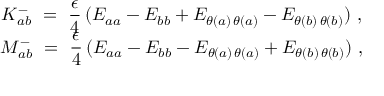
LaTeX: \begin{array} { c } { { { \displaystyle K _ { a b } ^ { - } ~ = ~ \frac { \epsilon } { 4 } \, ( E _ { a a } - E _ { b b } + E _ { \theta ( a ) \, \theta ( a ) } - E _ { \theta ( b ) \, \theta ( b ) } ) ~ , } } } \\ { { { \displaystyle M _ { a b } ^ { - } ~ = ~ \frac { \epsilon } { 4 } \, ( E _ { a a } - E _ { b b } - E _ { \theta ( a ) \, \theta ( a ) } + E _ { \theta ( b ) \, \theta ( b ) } ) ~ , } } } \end{array}